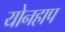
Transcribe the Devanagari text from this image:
योनहाप